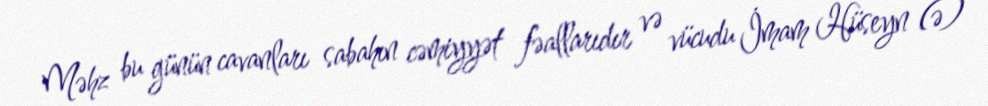
Məhz bu günün cavanları sabahın cəmiyyət fəallarıdır və vücudu İmam Hüseyn (ə)